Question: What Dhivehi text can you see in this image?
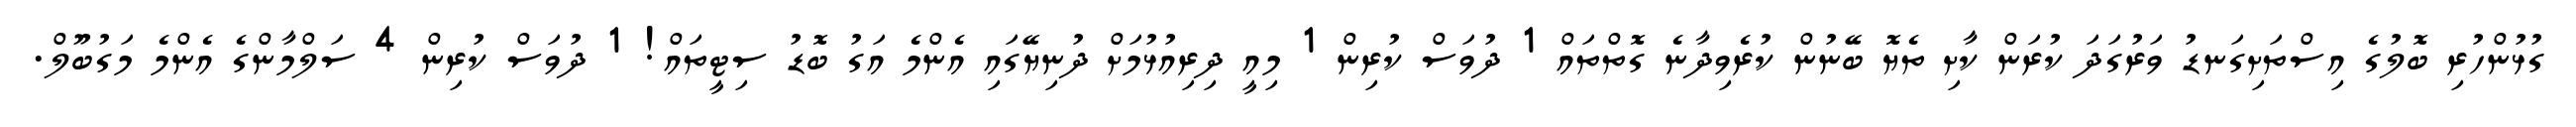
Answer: ގުޅުންހުރި ބޮލުގެ އިސްތަށިގަނޑު ވަރުގަދަ ކުރަން ކާށި ތެޔޮ ބޭނުން ކުރެވިދާނެ ގޮތްތައް 1 ދުވަސް ކުރިން 1 މިއީ ދިރިއުޅުމަށް ދުނިޔޭގައި އެންމެ އަގު ބޮޑު ސިޓީތައް! 1 ދުވަސް ކުރިން 4 ސަލްމާންގެ އެންމެ މަގުބޫލް.